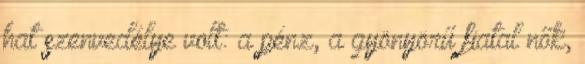
hat szenvedélye volt: a pénz, a gyönyörű fiatal nők,